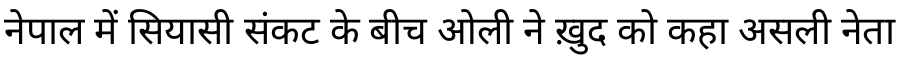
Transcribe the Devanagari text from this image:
नेपाल में सियासी संकट के बीच ओली ने ख़ुद को कहा असली नेता